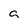
Character: a